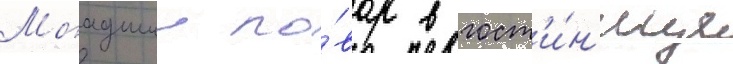
Младшии по́вар в гост'и́н'ице